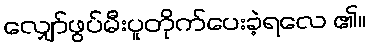
လျှော်ဖွပ်မီးပူတိုက်ပေးခဲ့ရလေ ၏။